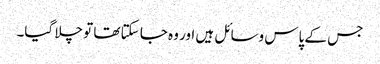
جس کے پاس وسائل ہیں اور وہ جا سکتا تھا تو چلا گیا۔